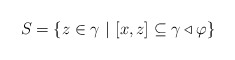
\begin{align*} S=\{z\in\gamma\ |\ [x,z]\subseteq\gamma\triangleleft\varphi\} \end{align*}